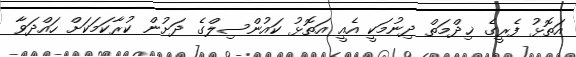
އަތޮޅު ފެރީގެ ޚިދްމަތް ދިނުމަކީ އެއީ އަތޮޅު ކައުންސިލްގެ ދަށުން ކުރާކަމަކަށް ހައްދަވާ